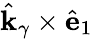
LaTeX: \hat{\mathbf{k}}_{\gamma}\times\hat{\mathbf{e}}_{1}